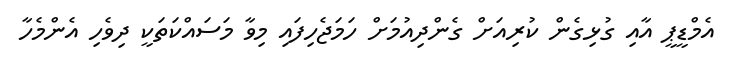
އެމްޑީޕީ އާއި ގުޅިގެން ކުރިއަށް ގެންދިއުމަށް ހަމަޖެހިފައި މިވާ މަސައްކަތަކީ ދިވެހި އެންމެހާ